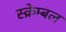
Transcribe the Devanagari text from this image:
स्क्रेम्बल